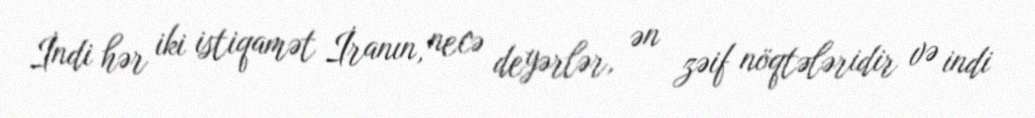
İndi hər iki istiqamət İranın, necə deyərlər, ən zəif nöqtələridir və indi